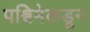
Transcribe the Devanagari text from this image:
पश्विमेकडून